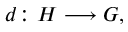
d \colon H \longrightarrow G ,